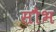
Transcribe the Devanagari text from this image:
सौभ